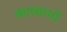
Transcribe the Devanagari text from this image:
काव्यागों